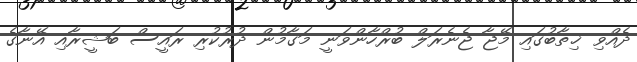
ދެއްވި ޚިތާބުގައި މޭޖާ ޖެނެރަލް ބުރްހާންވަނީ މަގާމުން ދުރުކުރި ރައީސް ބަޝީރާއި އޭނާގެ